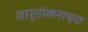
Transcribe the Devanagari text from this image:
वार्तांकनाच्या